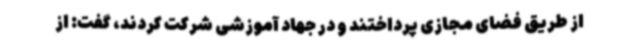
از طریق فضای مجازی پرداختند و در جهاد آموزشی شرکت کردند، گفت: از